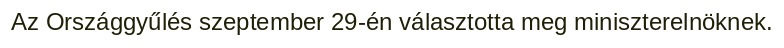
Az Országgyűlés szeptember 29-én választotta meg miniszterelnöknek.